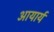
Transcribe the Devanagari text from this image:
आयार्य